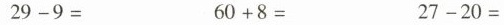
$$2 9 - 9 =$$ $$6 0 + 8 =$$ $$2 7 - 2 0 =$$